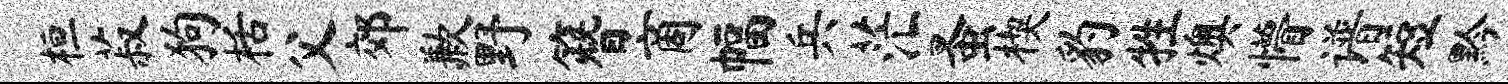
桓菽狗栝父郊歉野簪商幅兵茫蚤楔豹牲燠懵谱短黔